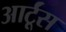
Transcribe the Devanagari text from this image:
आर्टूंस